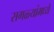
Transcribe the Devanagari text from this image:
सगळ्यांमध्ये